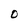
Character: O